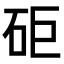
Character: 𥑭